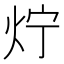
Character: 𤆼